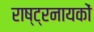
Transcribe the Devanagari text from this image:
राष्ट्रनायकों